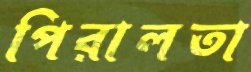
পিরালতা